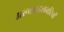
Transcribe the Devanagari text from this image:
अल्काइलबोरेनों